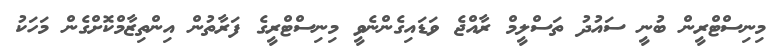
މިނިސްޓްރީން ބުނީ ސައުދު ތަސްލީމް ރާއްޖެ ވަޑައިގެންނެވީ މިނިސްޓްރީގެ ފަރާތުން އިންތިޒާމްކޮށްގެން މަހަކު